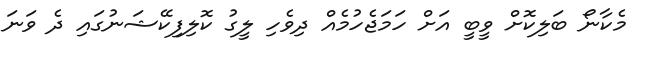
މެކާނޯ ބަލިކޮށް ވީބީ އަށް ހަމަޖެހުމެއް ދިވެހި ލީގު ކޮލިފިކޭޝަނުގައި ދެ ވަނަ